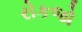
રોકજો